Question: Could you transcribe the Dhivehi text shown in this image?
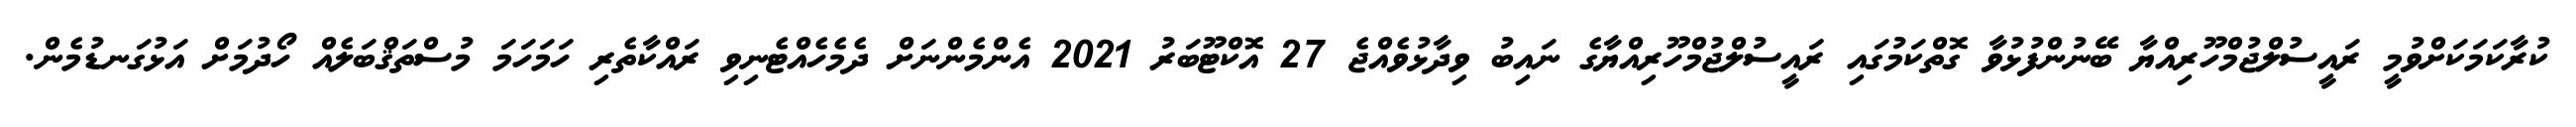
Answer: ކުރާކަމަކަށްވުމީ ރައީސުލްޖުމްހޫރިއްޔާ ބޭނުންފުޅުވާ ގޮތްކަމުގައި ރައީސުލްޖުމްހޫރިއްޔާގެ ނައިބު ވިދާޅުވެއްޖެ 27 އޮކްޓޫބަރު 2021 އެންމެންނަށް ދެމެހެއްޓެނިވި ރައްކާތެރި ހަމަހަމަ މުސްތަޤްބަލެއް ހޯދުމަށް އަޅުގަނޑުމެން.